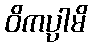
ဝိကပ္ပါမိ